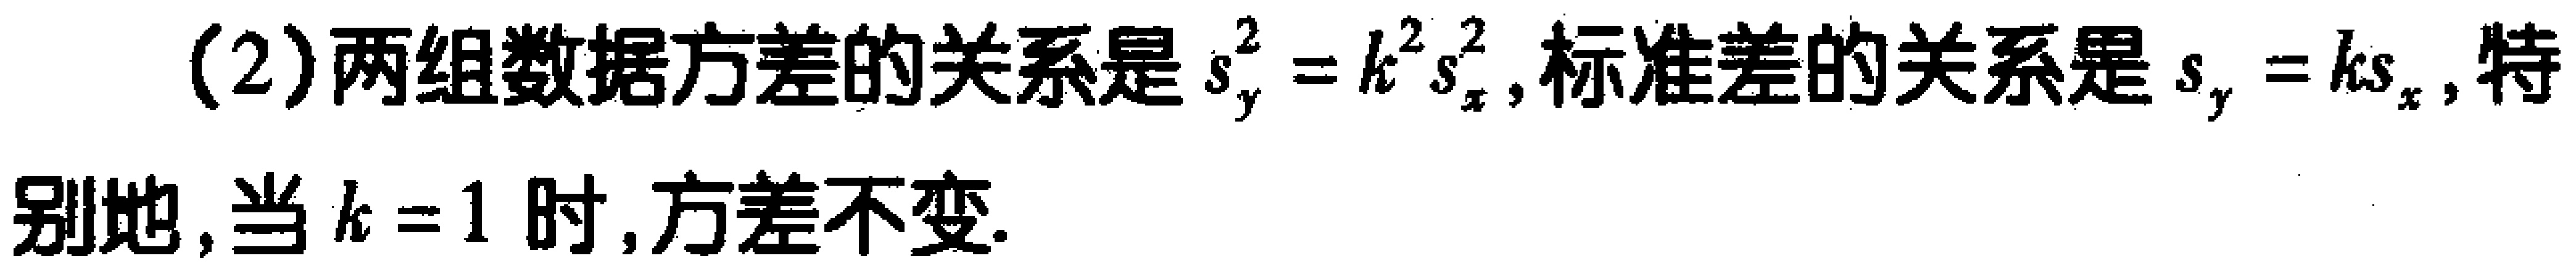
(2)两组数据方差的关系是 \(s_{y}^{2}=k^{2}s_{x}^{2}\), 标准差的关系是 \(s_{y}=ks_{x}\), 特别地, 当 \(k = 1\) 时, 方差不变.